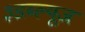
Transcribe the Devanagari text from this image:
३डब्ल्यूज